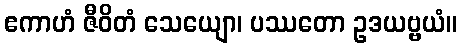
ဧကာဟံ ဇီဝိတံ သေယျော၊ ပဿတော ဥဒယဗ္ဗယံ။